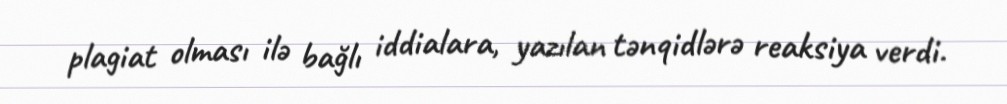
plagiat olması ilə bağlı iddialara, yazılan tənqidlərə reaksiya verdi.